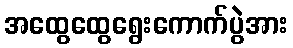
အထွေထွေရွေးကောက်ပွဲအား